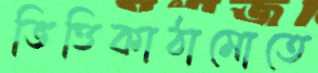
ভিত্তিকাঠামোতে